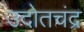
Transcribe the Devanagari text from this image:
उदोतचंद्र